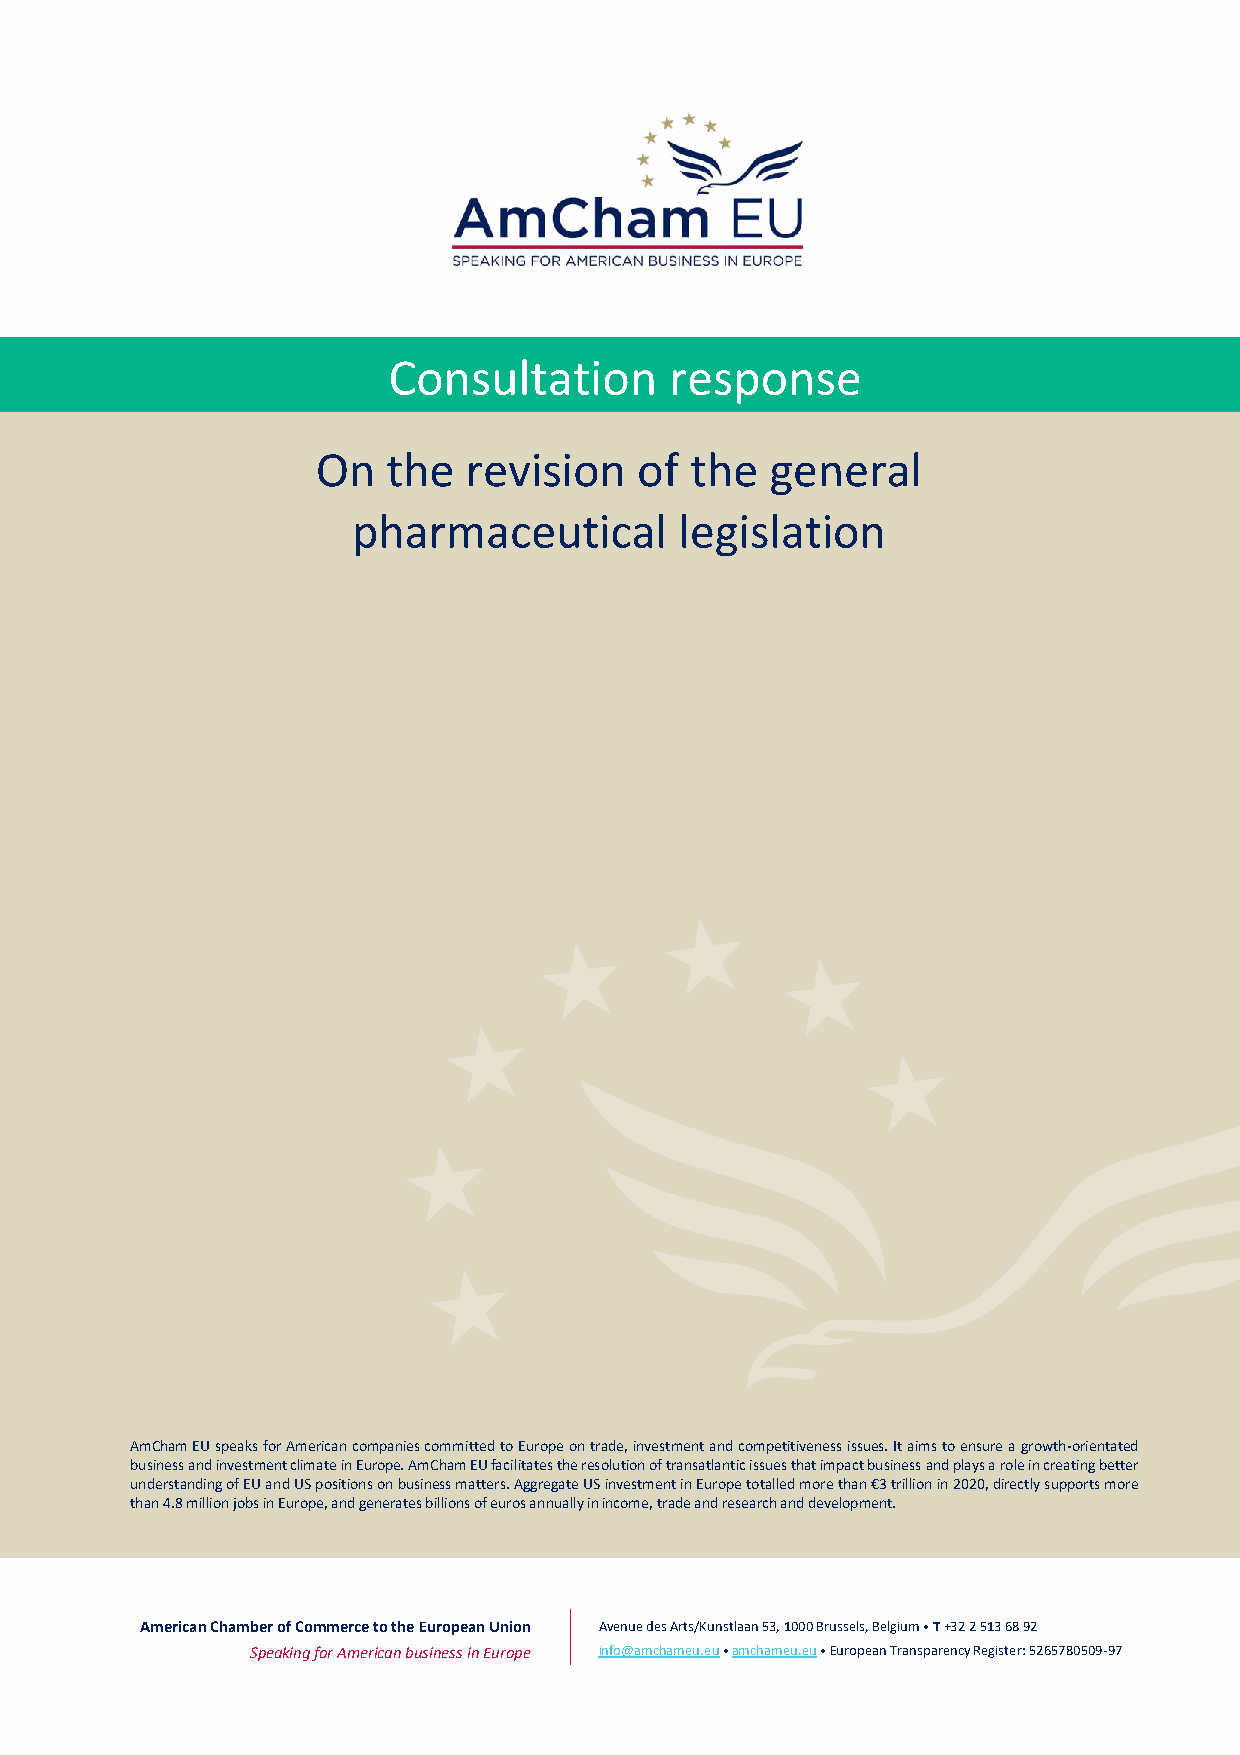
Consultation      response
 On   the  revision   of  the  general
 pharmaceutical        legislation
 AmCham EU speaks for American companies committed to Europe on trade, investment and competitiveness issues. It aims to ensure a growth-orientated
 business and investment climate in Europe. AmCham EU facilitates the resolution of transatlantic issues that impact business and plays a role in creating better
 understanding of EU and US positions on business matters. Aggregate US investment in Europe totalled more than €3 trillion in 2020, directly supports more
 than 4.8 million jobs in Europe, and generates billions of euros annually in income, trade and research and development.
 American Chamber of Commerce to the European Union Avenue des Arts/Kunstlaan 53, 1000 Brussels, Belgium • T +32 2 513 68 92
 Speaking for American business in Europe info@amchameu.eu • amchameu.eu • European Transparency Register: 5265780509-97